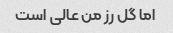
اما گل رز من عالی است